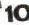
10